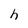
Character: h